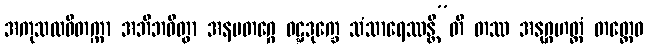
အကုသလဝိတက္ကာ အဘိဘဝိတွာ အနမတဂ္ဂေ ဝဋ္ဋဒုက္ခေ သံသာရေဿန္တီ”တိ တဿ အနုဂ္ဂဟတ္ထံ တတ္ထေဝ